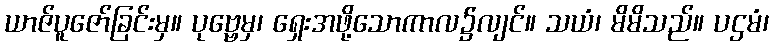
ယာဇ်ပူဇော်ခြင်းမှ။ ပုဗ္ဗေမှ၊ ရှေးအဖို့သောကာလ၌လျင်။ သယံ၊ မိမိသည်။ ပဌမံ၊